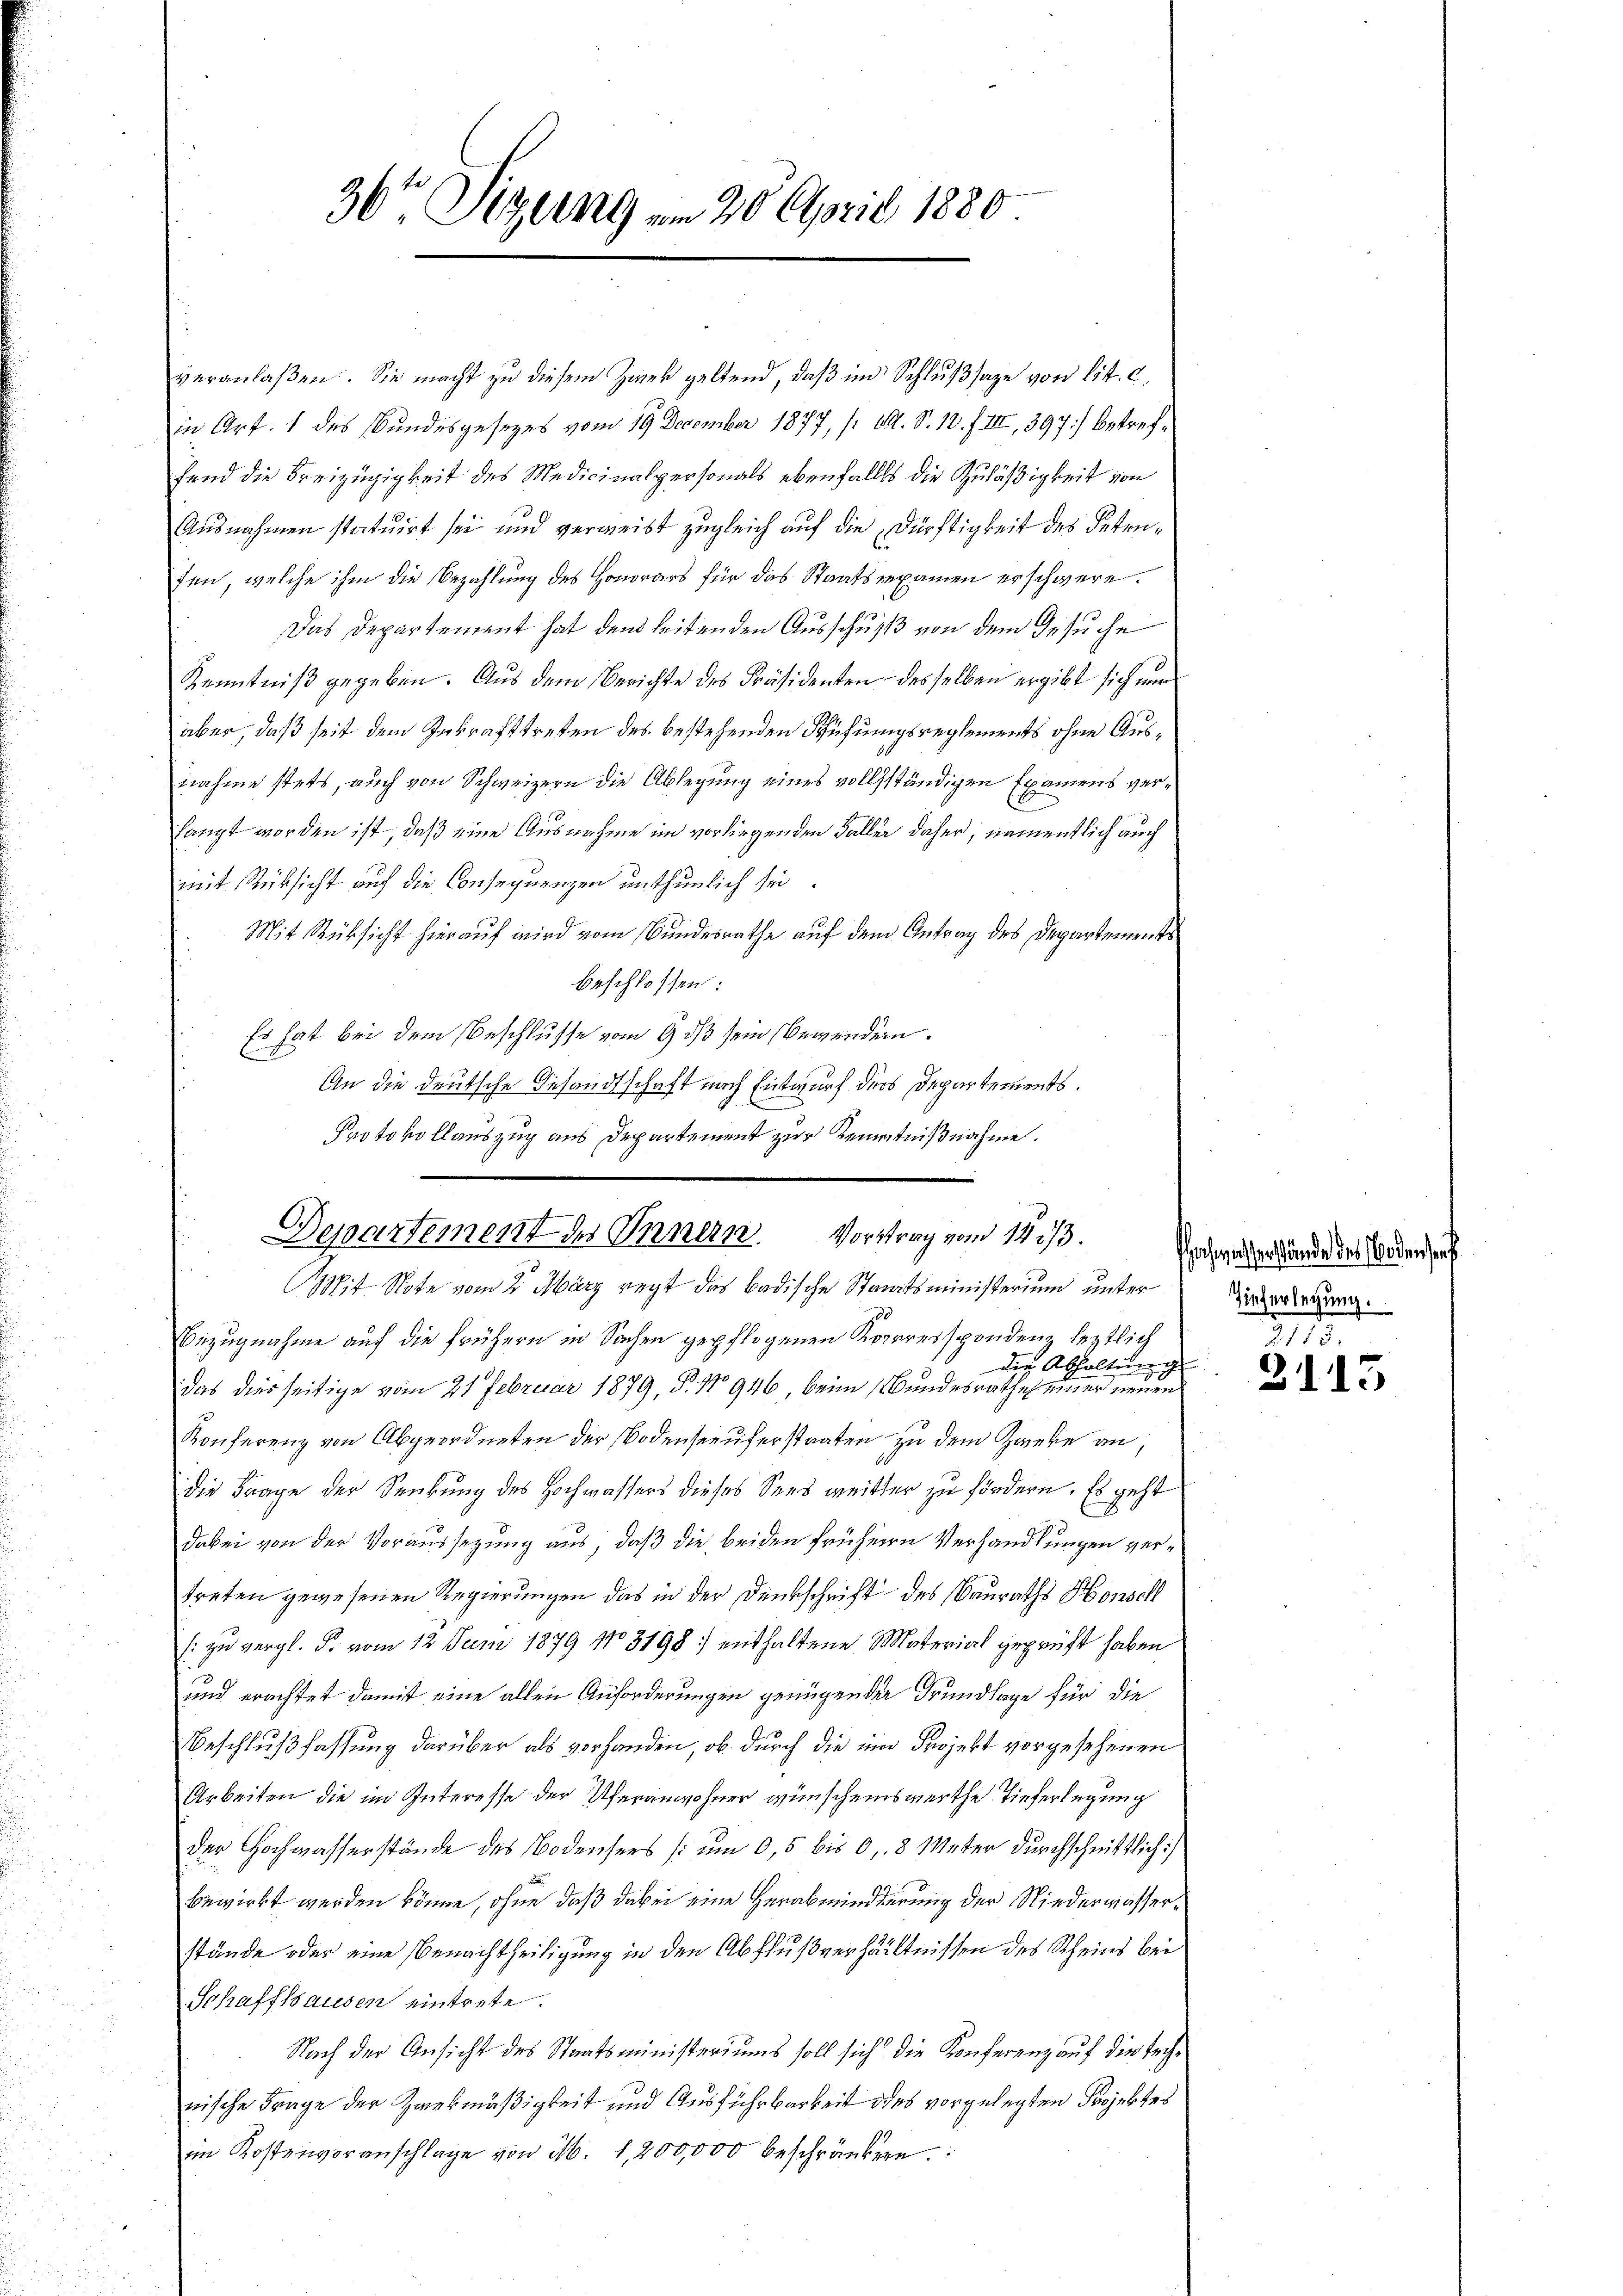
veranlaßen. Sie macht zu diesem Zwek geltend, daß in Schluß sage von lit. c.
in Art. 1 des Bundesgesezes vom 19. December 1877, (O. S. 10. f. III, 397) betreffend die Freizügigkeit des Medicinalpersonals ebenfalls die Zuläßigkeit von
Ausnahmen statuirt sei und verweist zugleich auf die Dürftigkeit des Petenten, welche ihm die Bezahlung des Honorars für das Staatsrexamen erschwere.
Das Departement hat dem leitenden Ausschuß von dem Gesuche
Kenntniß gegeben. Aus dem Berichte des Präsidenten desselben ergibt sich nur
aber, daß seit dem Inkrafttreten des bestehenden Schüfungsreglements ohne Ausnahme stets, auch von Schweizern die Ablegung eines vollständigen Examens verlangt worden ist, daß eine Ausnahme im vorliegenden Faller daher, namentlich auch
mit Rücksicht auf die Consequenzen unthunlich sei.
Mit Rücksicht hierauf wird vom Bundesrathe auf dem Antrag des Departements
beschlossen:
Es hat bei dem Beschlusse vom 9 dß sein Bewenden.
An die deutsche Gesandtschaft nach Entwurf ders Departements.
f
Protokollauszug aus Departement zur Kenntnißnahme.
Mit Note vom 2. März regt das Badische Staaatsministerium unter
Bezugnahme auf die frühern in Sachen gepflogenen Korrespondenz leztlich
die Abhaltung
das diesseitige vom 21 Februar 1879, P. Nr. 946, beim Bundesrathes einer neuen
Konferenz von Abgeordneten der Bodenseeuferstaaten zu dem Zweke an,
die Frage der Senkung des Hochwassers dieses Sees weitter zu fördern. Es geht
dabei von der Voraussetzung aus, daß die beiden früheren Verhandlungen vertreten gewesenen Regierungen das in der Denkschrift des Bauraths Honsch
: zu vergl. P. vom 12. Juni 1879 No 3198: enthaltene Material geprüft haben
und erachtet damit eine allen Anforderungen genügender Grundlage für die
Beschlußfassung darüber als vorhanden, ob durch die im Projekt vorgesehenen
Arbeiten die im Interesse der Uferanwohner wünschenswerthe Tieferlegung
der Hochwasserstände des Bodensers (um 0,5 bis 0,8 Meter durchschnittlich:
bewirkt werden könne, ohne daß dabei eine Herabminderung der Niedermasserstände oder eine Benachtheiligung in den Abflußverhältnissen des Scheins bei
Schaffhausen eintrete.
Nach der Ansicht des Staatsministeriums soll sich die Konferenz auf die Technische Frage der Zwekmäßigkeit und Ausführbarkeit des vorgelegten Projektes
im Kostenvoranschlage von M. 1,200,000 beschränkere

36ten Sizung vom 20. April 1880

Departement des Innern. Vortrag vom 142/3.

ochverstände des Bodense
Tieferlegung.
1115.

3115